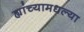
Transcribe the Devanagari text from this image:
ह्यांच्यामधल्या